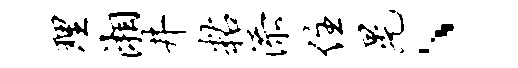
理湘井粘添住晃、